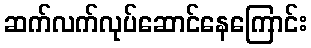
ဆက်လက်လုပ်ဆောင်နေကြောင်း